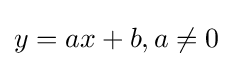
y=ax+b,a\neq 0